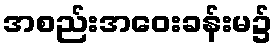
အစည်းအဝေးခန်းမ၌